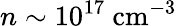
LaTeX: n\sim 10^{17}~\mathrm{cm}^{-3}